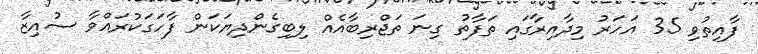
ފާއިތުވި 35 އަހަރު މިދާއިރާގައި ތަފާތު ގިނަ ތަޖްރިބާއެއް ލިބިގެންދިޔަކަން ފާހަގަކުރައްވާ ސުއިޒާ